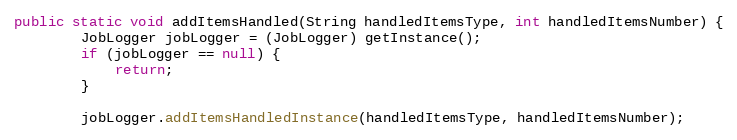
Language: Java
public static void addItemsHandled(String handledItemsType, int handledItemsNumber) {
    	JobLogger jobLogger = (JobLogger) getInstance();
        if (jobLogger == null) {
            return;
        }

        jobLogger.addItemsHandledInstance(handledItemsType, handledItemsNumber);